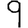
Digit: 9